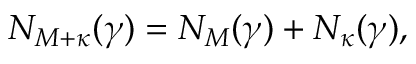
N _ { M + \kappa } ( \gamma ) = N _ { M } ( \gamma ) + N _ { \kappa } ( \gamma ) ,